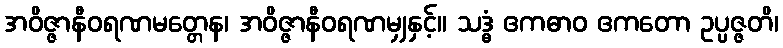
အဝိဇ္ဇာနီဝရဏမတ္တေန၊ အဝိဇ္ဇာနီဝရဏမျှနှင့်။ သဒ္ဓံ ဧကဓာဝ ဧကတော ဥပ္ပဇ္ဇတိ၊